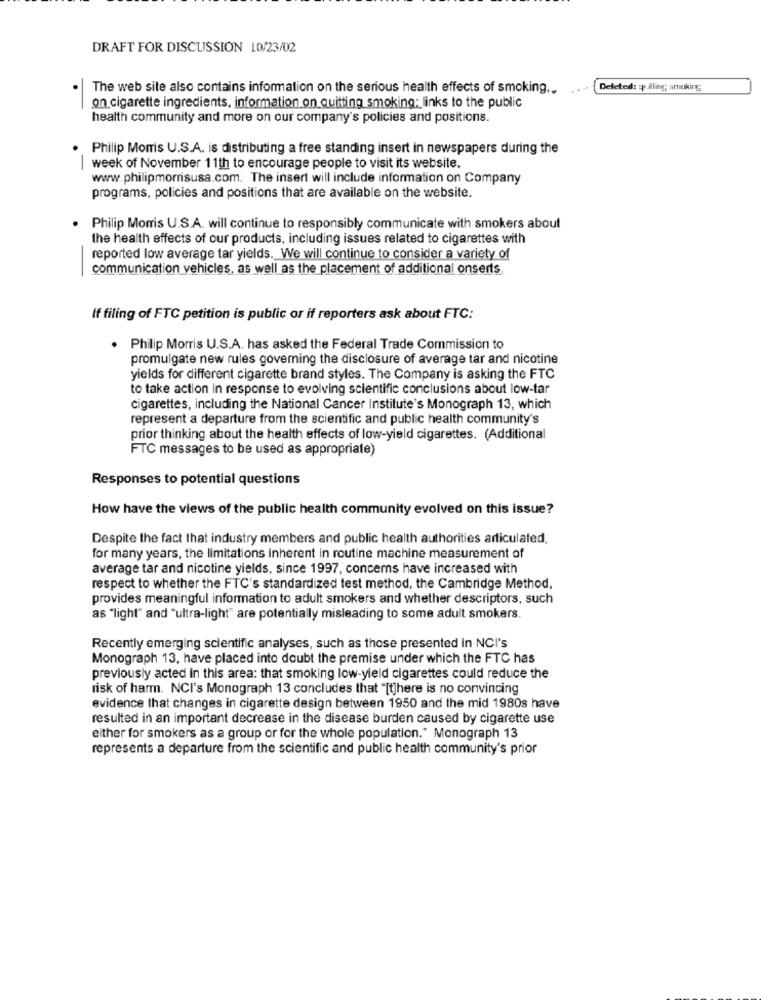
DRAFT FOR DISCUSSION 10/23/02
The web site also contains information on the serious health effects of smoking ...
Deleted: qu Alling; smoking;
on cigarette ingredients, information on quitting smoking; links to the public
-
health community and more on our company's policies and positions.
Philip Morris U.S.A. is distributing a free standing insert in newspapers during the
.
week of November 11th to encourage people to visit its website.
-
www.philipmorrisusa.com. The insert will include information on Company
programs, policies and positions that are available on the website.
. Philip Morris U.S.A. will continue to responsibly communicate with smokers about
the health effects of our products, including issues related to cigarettes with
reported low average tar yields. We will continue to consider a variety of
communication vehicles, as well as the placement of additional onserts.
If filing of FTC petition is public or if reporters ask about FTC:
. Philip Morris U.S.A. has asked the Federal Trade Commission to
promulgate new rules governing the disclosure of average tar and nicotine
yields for different cigarette brand styles. The Company is asking the FTC
to take action in response to evolving scientific conclusions about low-tar
cigarettes, including the National Cancer Institute's Monograph 13, which
represent a departure from the scientific and public health community's
prior thinking about the health effects of low-yield cigarettes. (Additional
FTC messages to be used as appropriate)
Responses to potential questions
How have the views of the public health community evolved on this issue?
Despite the fact that industry members and public health authorities articulated,
for many years, the limitations inherent in routine machine measurement of
average tar and nicotine yields, since 1997, concerns have increased with
respect to whether the FTC's standardized test method, the Cambridge Method.
provides meaningful information to adult smokers and whether descriptors, such
as "light" and "ultra-light" are potentially misleading to some adult smokers.
Recently emerging scientific analyses, such as those presented in NCI's
Monograph 13, have placed into doubt the premise under which the FTC has
previously acted in this area: that smoking low-yield cigarettes could reduce the
risk of harm. NCI's Monograph 13 concludes that "[t]here is no convincing
evidence that changes in cigarette design between 1950 and the mid 1980s have
resulted in an important decrease in the disease burden caused by cigarette use
either for smokers as a group or for the whole population." Monograph 13
represents a departure from the scientific and public health community's prior